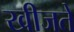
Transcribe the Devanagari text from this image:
खीजते